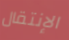
الإنتقال